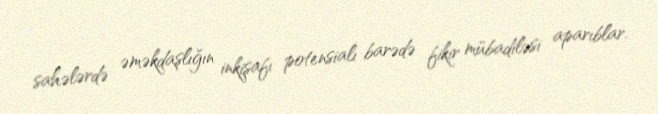
sahələrdə əməkdaşlığın inkişafı potensialı barədə fikir mübadiləsi aparıblar.